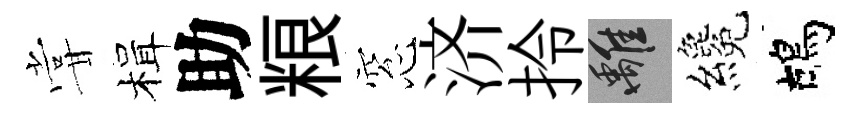
甞楫助粮窓济拎離纔鴣